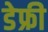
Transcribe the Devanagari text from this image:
डेफ्री